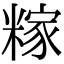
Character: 糘